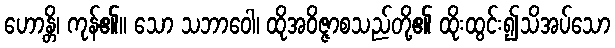
ဟောန္တိ၊ ကုန်၏။ သော သဘာဝေါ၊ ထိုအဝိဇ္ဇာစသည်တို့၏ ထိုးထွင်း၍သိအပ်သော